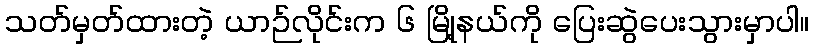
သတ်မှတ်ထားတဲ့ ယာဉ်လိုင်းက ၆ မြို့နယ်ကို ပြေးဆွဲပေးသွားမှာပါ။